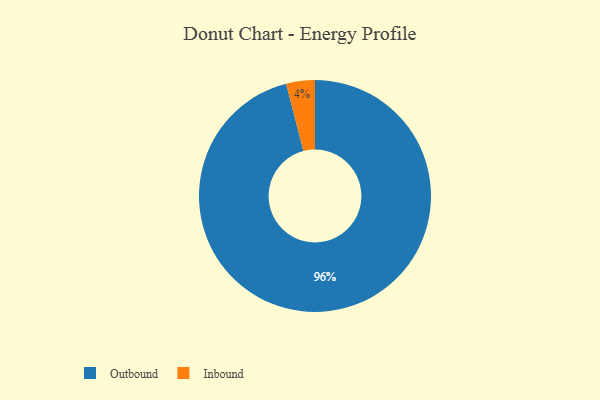
{"axis": {"x": "Category", "y": "Percentage"}, "legend": ["Inbound", "Outbound"], "data": [{"x": "Outbound", "y": 96, "type": "Outbound"}, {"x": "Inbound", "y": 4, "type": "Inbound"}]}